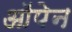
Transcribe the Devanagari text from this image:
ऑपेन